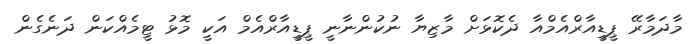
މާދަމާރޭ ޕީޑީއާރްއެމްއާ ދެކޮޅަށް މާޒިޔާ ނުކުންނާނީ ޕީޑީއާރްއެމް އަކީ މޮޅު ޓީމެއްކަން ދަނެގެން